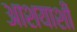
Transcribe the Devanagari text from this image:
आशयाशी